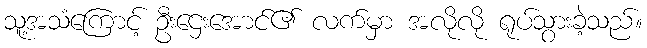
သူ့အသံကြောင့် ဦးဌေးအောင်၏ လက်မှာ အလိုလို ရုပ်သွားခဲ့သည်။